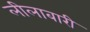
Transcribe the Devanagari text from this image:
लीलाबारी